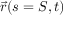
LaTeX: { \vec { r } } ( s = S , t )